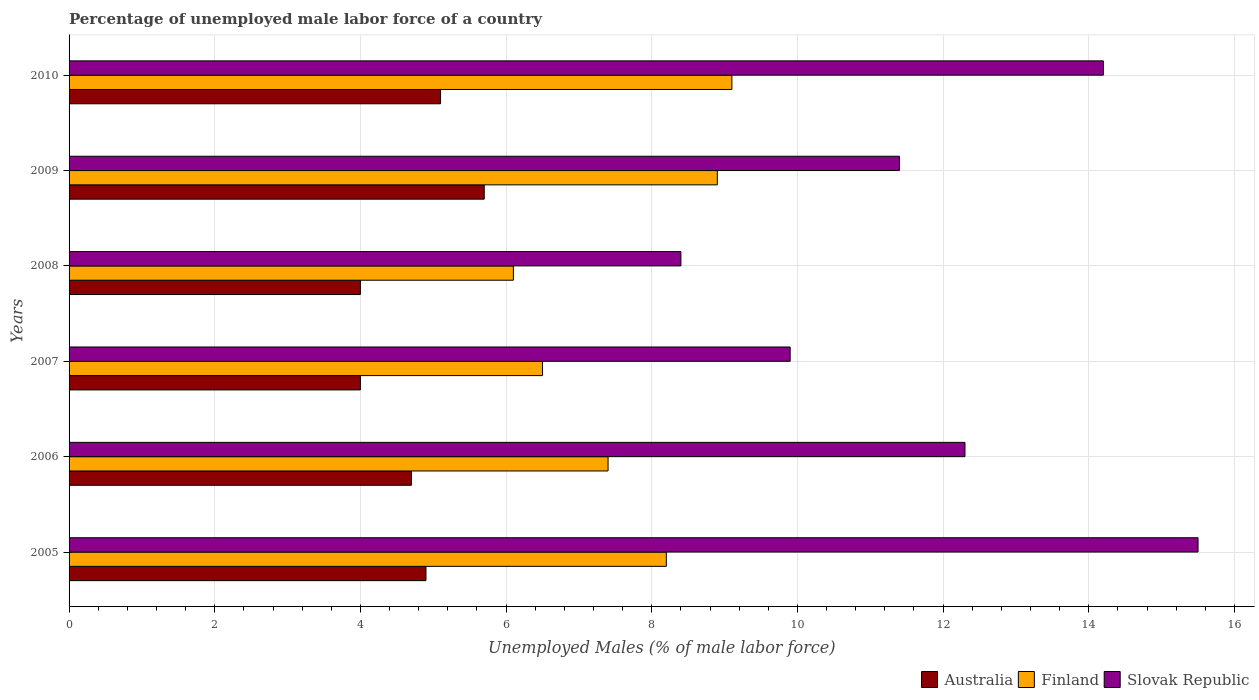
| Years | Australia | Finland | Slovak Republic |
 | --- | --- | --- | --- |
 | 2005 | 4.9 | 8.2 | 15.5 |
 | 2006 | 4.7 | 7.4 | 12.3 |
 | 2007 | 4 | 6.5 | 9.9 |
 | 2008 | 4 | 6.1 | 8.4 |
 | 2009 | 5.7 | 8.9 | 11.4 |
 | 2010 | 5.1 | 9.1 | 14.2 |